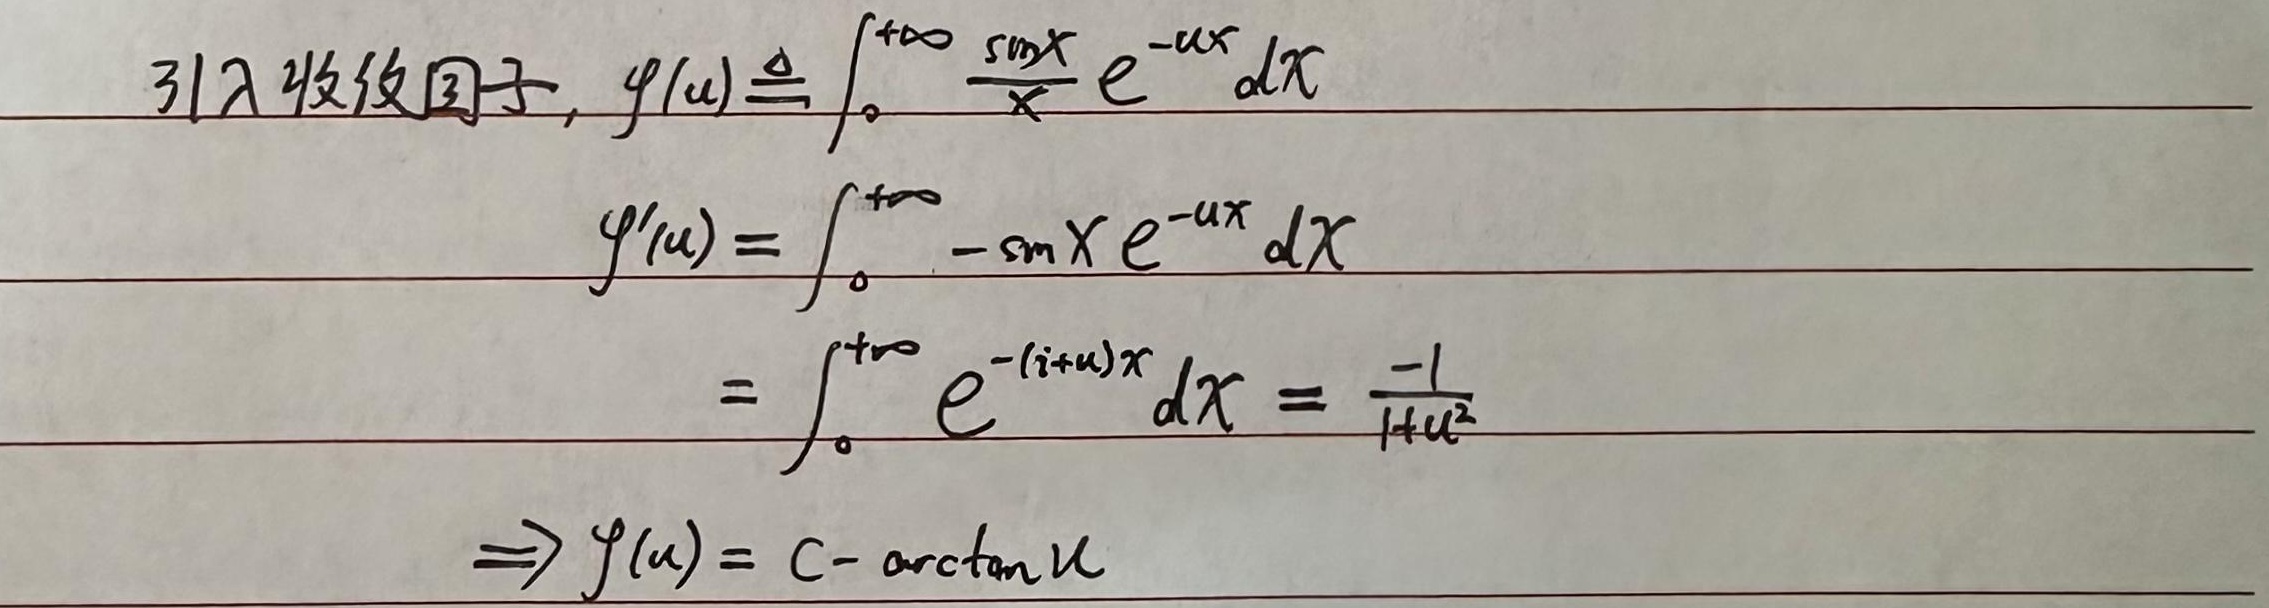
引入收敛因子,
\(\varphi(u)\triangleq\int_{0}^{+\infty}\frac{\sin x}{x}e^{-ux}dx\)
\(\varphi^{\prime}(u)=\int_{0}^{+\infty}-\sin x e^{-ux}dx\)
\(=\int_{0}^{+\infty}e^{-(i + u)x}dx=\frac{-1}{1 + u^{2}}\)
\(\Rightarrow\varphi(u)=C-\arctan u\)